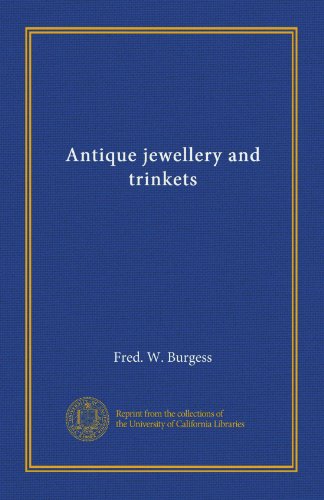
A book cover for Antique jewellery and trinkets; Fred. W. Burgess; Crafts, Hobbies & Home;